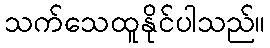
သက်သေထူနိုင်ပါသည်။